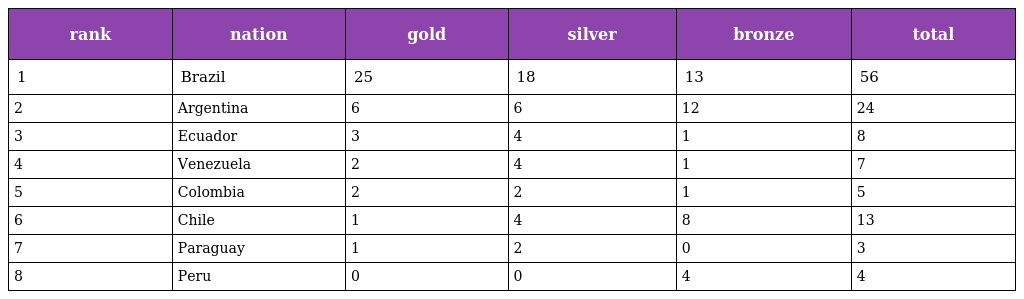
| rank | nation | gold | silver | bronze | total |
 | --- | --- | --- | --- | --- | --- |
 | 1 | Brazil | 25 | 18 | 13 | 56 |
 | 2 | Argentina | 6 | 6 | 12 | 24 |
 | 3 | Ecuador | 3 | 4 | 1 | 8 |
 | 4 | Venezuela | 2 | 4 | 1 | 7 |
 | 5 | Colombia | 2 | 2 | 1 | 5 |
 | 6 | Chile | 1 | 4 | 8 | 13 |
 | 7 | Paraguay | 1 | 2 | 0 | 3 |
 | 8 | Peru | 0 | 0 | 4 | 4 |